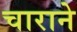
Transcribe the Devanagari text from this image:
चाराने